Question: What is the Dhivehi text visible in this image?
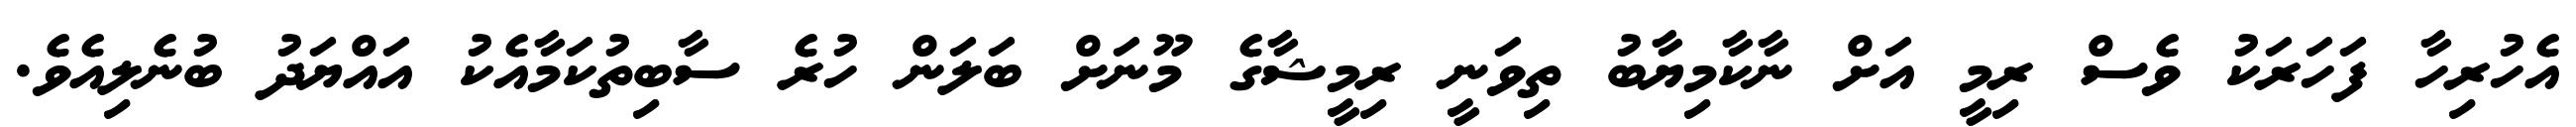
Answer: އެހުރިހާ ފަހަރަކު ވެސް ރިމީ އަށް ނާކާމިޔާބު ތިވަނީ ރިމީޝާގެ މޫނަށް ބަލަން ހުރެ ސާބިތުކަމާއެކު އައްޔަދު ބުނެލިއެވެ.